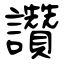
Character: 讚